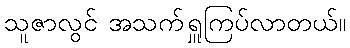
သူဇာလွင် အသက်ရှူကြပ်လာတယ်။